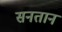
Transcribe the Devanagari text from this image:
सनतान